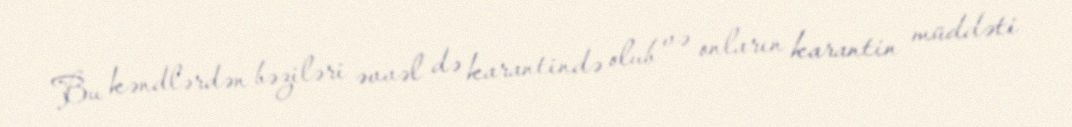
Bu kəndlərdən bəziləri əvvəl də karantində olub və onların karantin müddəti